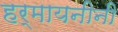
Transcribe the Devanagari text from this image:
हर्मायनीनी